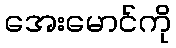
အေးမောင်ကို